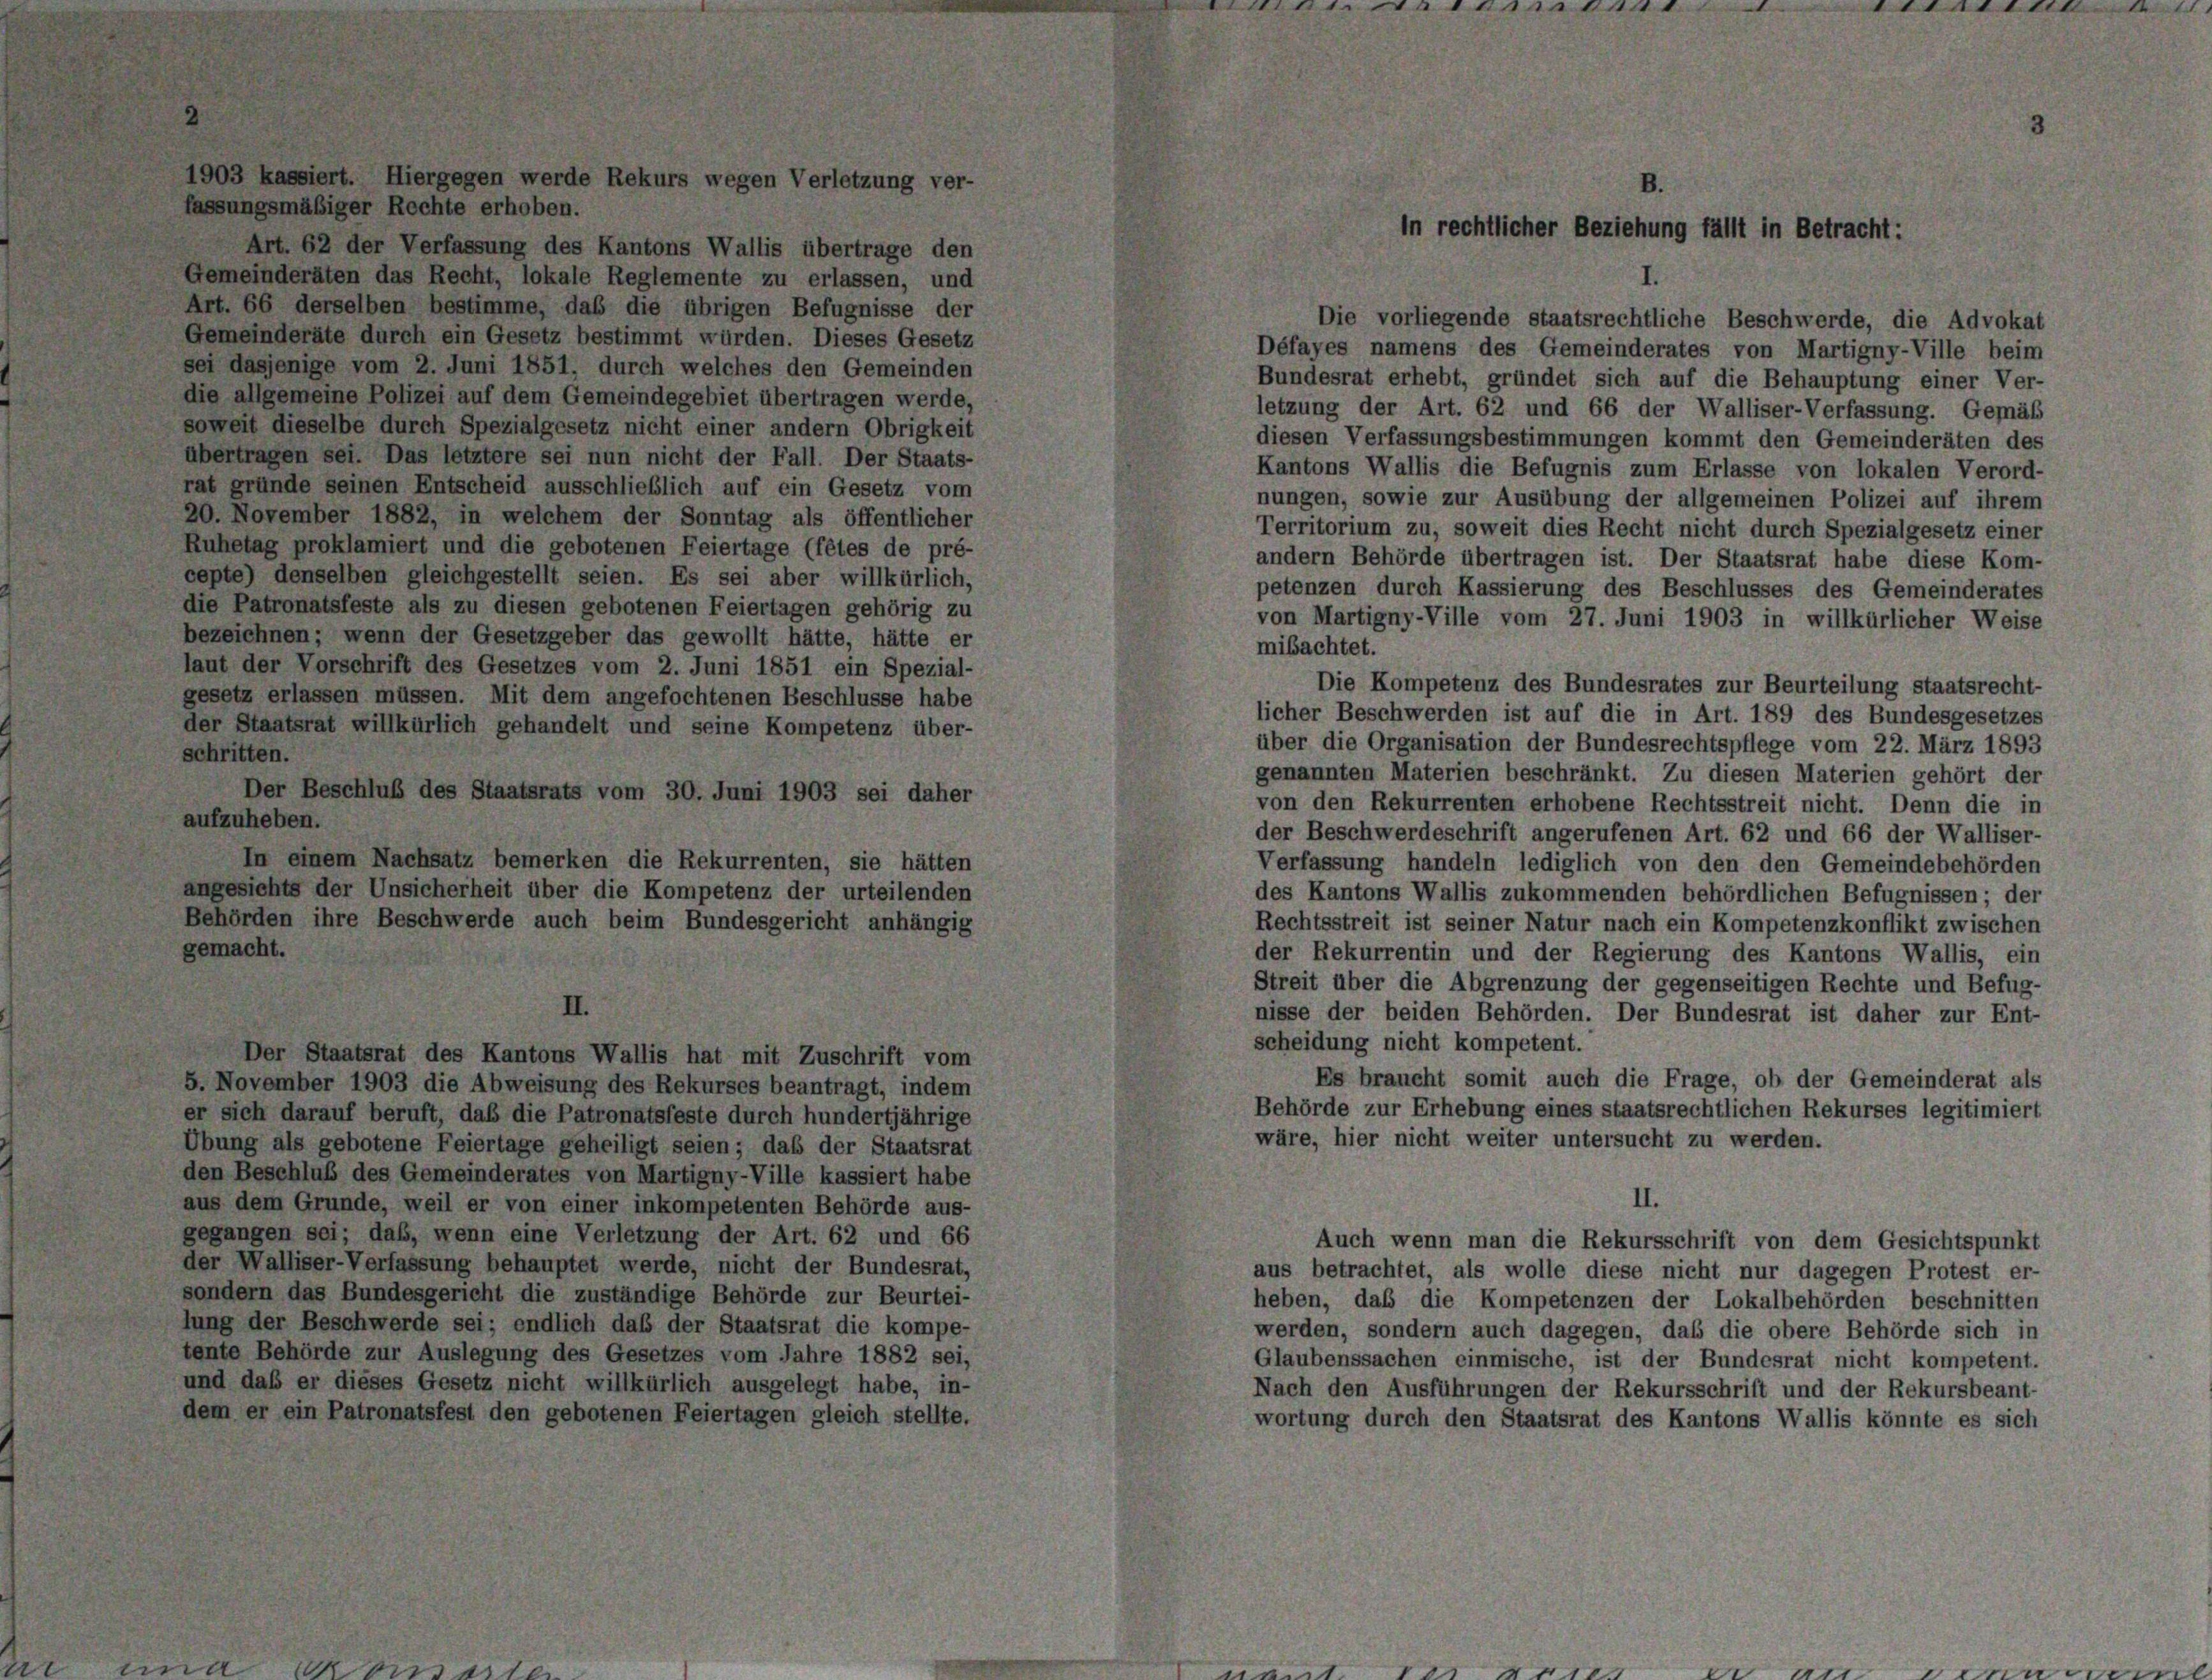
sen werde Rekurs wegen Verletzung ver-

fassungsmäßiger Rechte erhoben.
Art. 62 der Verfassung des Kantons Wallis übertrage den
Gemeinderäten das Recht, lokale Reglemente zu erlassen, und
Art. 66 derselben bestimme, das die übrigen Befugnisse der
Die vorliegende staatsrechtliche Beschwerde, die Advokat
Gemeinderäte durch ein Gesetz bestimmt würden. Dieses Gesetz
Défayes namens des Gemeinderates von Martigny-Ville beim
sei dasjenige vom 2. Juni 1851, durch welches den Gemeinden
Bundesrat erhebt, gründet sich auf die Behauptung einer Ver-
die allgemeine Polizei auf dem Gemeindegebiet übertragen werde,
letzung der Art. 62 und 66 der Walliser-Verfassung. Gemäß
soweit dieselbe durch Spezialgesetz nicht einer andern Obrigkeit
diesen Verfassungsbestimmungen kommt den Gemeinderäten des
übertragen sei. Das letztere sei nun nicht der Fall. Der Staats-
Kantons Wallis die Befugnis zum Erlasse von lokalen Verord-
rat gründe seinen Entscheid ausschließlich auf ein Gesetz vom
nungen, sowie zur Ausübung der allgemeinen Polizei auf ihrem
20. November 1882, in welchem der Sonntag als öffentlicher
Territorium zu, soweit dies Recht nicht durch Spezialgesetz einer
Ruhetag proklamiert und die gebotenen Feiertage (fêtes de pré-
andern Behörde übertragen ist. Der Staatsrat habe diese Kom-
cepte) denselben gleichgestellt seien. Es sei aber willkürlich,
petenzen durch Kassierung des Beschlusses des Gemeinderates
die Patronatsfeste als zu diesen gebotenen Feiertagen gehörig zu
von Martigny-Ville vom 27. Juni 1903 in willkürlicher Weise
bezeichnen; wenn der Gesetzgeber das gewollt hätte, hätte er
mibachtet.
laut der Vorschrift des Gesetzes vom 2. Juni 1851 ein Spezial-
Die Kompetenz des Bundesrates zur Beurteilung staatsrecht-
gesetz erlassen müssen. Mit dem angefochtenen Beschlüsse habe
licher Beschwerden ist auf die in Art. 189 des Bundesgesetzes
der Staatsrat willkürlich gehandelt und seine Kompetenz über-
über die Organisation der Bundesrechtspflege vom 22. März 1893
schritten.
genannten Materien beschränkt. Zu diesen Materien gehört der
Der Beschluß des Staatsrats vom 30. Juni 1903 sei daher
von den Rekurrenten erhobene Rechtsstreit nicht. Denn die in
aufzuheben.
der Beschwerdeschrift angerufenen Art. 62 und 66 der Walliser-
In einem Nachsatz bemerken die Rekurrenten, sie hätten
Verfassung handeln lediglich von den den Gemeindebehörden
angesichts der Unsicherheit über die Kompetenz der urteilenden
des Kantons Wallis zukommenden behördlichen Befugnissen; der
Behörden ihre Beschwerde auch beim Bundesgericht anhängig
Rechtsstreit ist seiner Natur nach ein Kompetenzkonflikt zwischen
gemacht.
der Rekurrentin und der Regierung des Kantons Wallis, ein
Streit über die Abgrenzung der gegenseitigen Rechte und Befug-
nisse der beiden Behörden. Der Bundesrat ist daher zur Ent-
scheidung nicht kompetent.
Der Staatsrat des Kantons Wallis hat mit Zuschrift vom
Es braucht somit auch die Frage, ob der Gemeinderat als
5. November 1903 die Abweisung des Rekurses beantragt, indem
Behörde zur Erhebung eines staatsrechtlichen Rekurses legitimiert
er sich darauf beruft, daß die Patronatsfeste durch hundertjährige
wäre, hier nicht weiter untersucht zu werden.
Übung als gebotene Feiertage geheiligt seien; daß der Staatsrat
den Beschluß des Gemeinderates von Martigny-Ville kassiert habe
II.
aus dem Grunde, weil er von einer inkompetenten Behörde aus-
gegangen sei; daß, wenn eine Verletzung der Art. 62 und 66
Auch wenn man die Rekursschrift von dem Gesichtspunkt
der Walliser-Verfassung behauptet werde, nicht der Bundesrat,
aus betrachtet, als wolle diese nicht nur dagegen Protest er-
sondern das Bundesgericht die zuständige Behörde zur Beurtei-
heben, daß die Kompetenzen der Lokalbehörden beschnitten
lung der Beschwerde sei; endlich daß der Staatsrat die kompe-
werden, sondern auch dagegen, daß die obere Behörde sich in
tente Behörde zur Auslegung des Gesetzes vom Jahre 1882 sei,
Glaubenssachen einmische, ist der Bundesrat nicht kompetent.
und daß er dieses Gesetz nicht willkürlich ausgelegt habe, in-
Nach den Ausführungen der Rekursschrift und der Rekursbeant-
dem er ein Patronatsfest den gebotenen Feiertagen gleich stellte.
wortung durch den Staatsrat des Kantons Wallis könnte es sich

nun ent

in rechtlicher Beziehung fällt in Betracht:

1